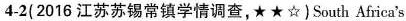
4-2( 2016 江苏苏锡常镇学情调查,★ ★☆) South Africa's